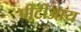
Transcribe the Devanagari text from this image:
पीटीआय